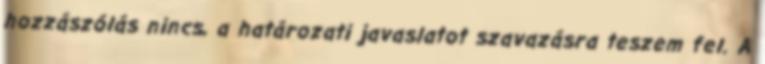
hozzászólás nincs, a határozati javaslatot szavazásra teszem fel. A